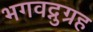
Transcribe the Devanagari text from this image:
भगवद्नुग्रह